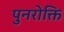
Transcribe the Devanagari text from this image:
पुनरोक्ति